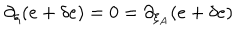
\partial _ { \xi } ( e + \delta e ) = 0 = \partial _ { \xi _ { A } } ( e + \delta e )